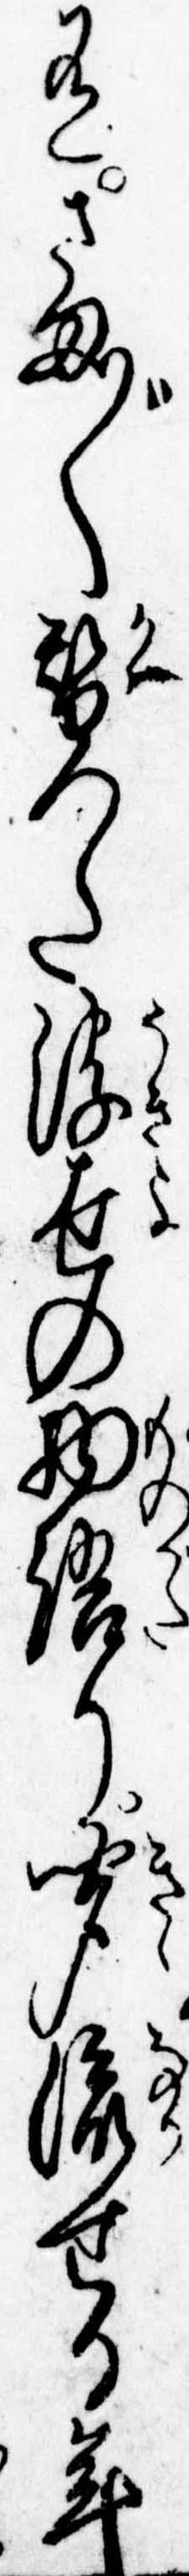
有さま〲替つた浮世の物語り聞流せる年